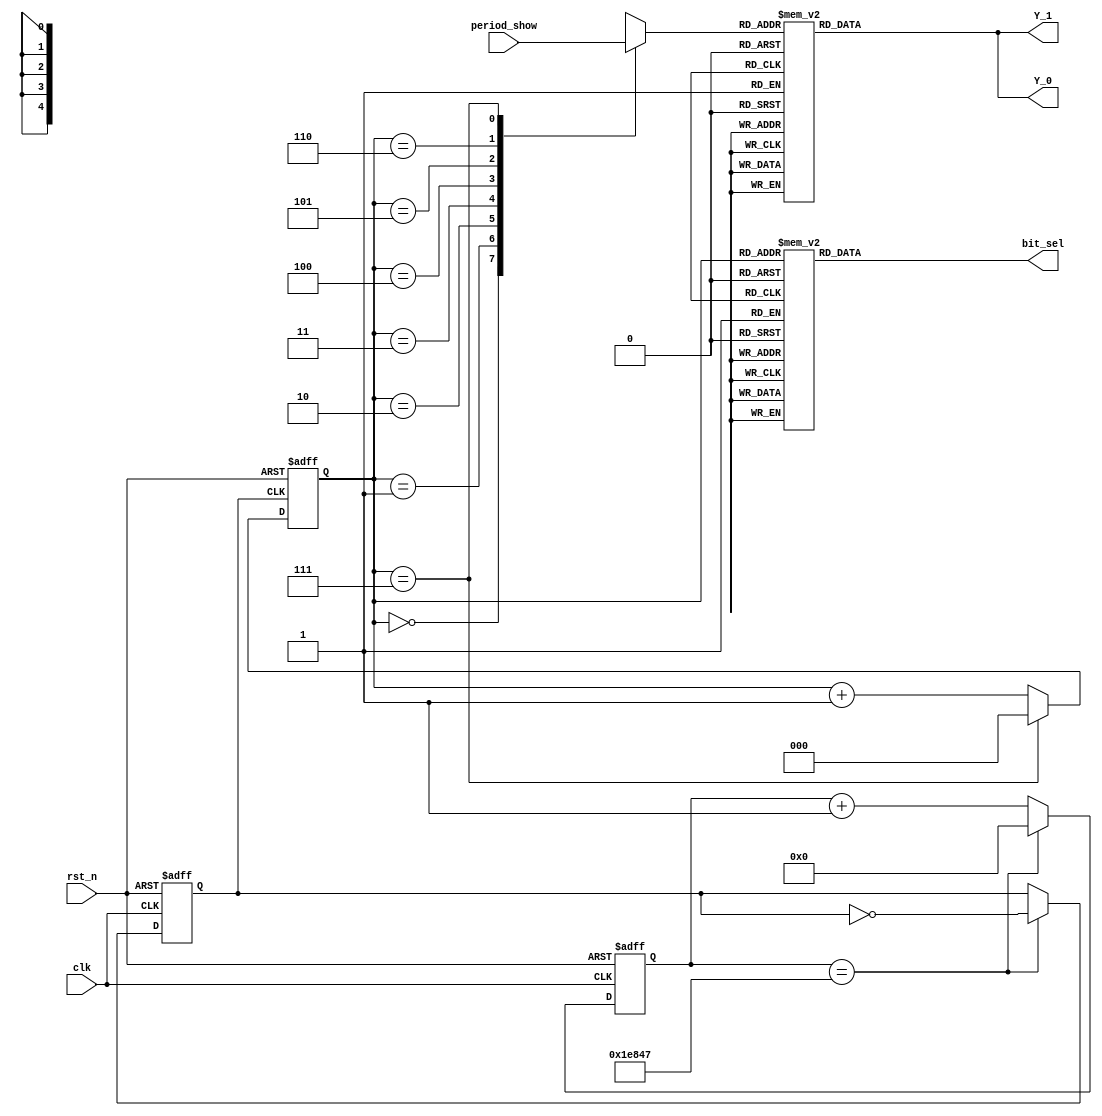
`timescale 1ns / 1ps
// // // // // // // // // // // // // // // // // // // // // // // // // // // // // // // // // // // // // // // // // 
// Company:
// Engineer:
// 
// Design Name:
// Module Name: show
// Project Name:
// Target Devices:
// Tool Versions:
// Description:
// 
// Dependencies:
// 
// Revision:
// Revision 0.01 - File Created
// Additional Comments:
// 
// // // // // // // // // // // // // // // // // // // // // // // // // // // // // // // // // // // // // // // // // 


module output_show(input clk,
                   input rst_n,
                   input[39:0] period_show,
                   output[7:0] bit_sel,
                   output[7:0] Y_0, // the first four
                   output[7:0] Y_1);
    reg clkout;
    reg[31:0]cnt;
    reg[2:0]scan_cnt;           // Here is the state count; For examle decide which led light at which time.
    reg[7:0]Y_reg;              // here is used to decide to show whether 1,2,3,or a,b,c
    reg[7:0]bit_sel_reg;        // here is used to choose which one to light;
    reg[4:0]stored_information; // store the information here.
    parameter period = 250000;
    assign Y_0       = Y_reg;
    assign Y_1       = Y_reg;
    assign bit_sel   = bit_sel_reg;
    always@(posedge clk or negedge rst_n) // frequency division;
    begin
        if (!rst_n)
        begin
            cnt <= 0;
            clkout = 0;
        end
        else begin
            if (cnt == (period>>1)-1)
            begin
                clkout = ~clkout;
                cnt <= 0;
            end
            else
                cnt <= cnt+1;
        end
    end
    
    always@(posedge clkout or negedge rst_n) // change scan_cnt based on clkout;
    begin
        if (!rst_n)
            scan_cnt <= 0;
        else begin
            if (scan_cnt == 3'b111)
                scan_cnt <= 0;
            else
                scan_cnt <= scan_cnt+1;
        end
    end
    
    always@(*) // here it chooses which one to light;
    begin
        case(scan_cnt)
            3'b000:bit_sel_reg   = 8'b1000_0000;
            3'b001:bit_sel_reg   = 8'b0100_0000;
            3'b010:bit_sel_reg   = 8'b0010_0000;
            3'b011:bit_sel_reg   = 8'b0001_0000;
            3'b100:bit_sel_reg   = 8'b0000_1000;
            3'b101:bit_sel_reg   = 8'b0000_0100;
            3'b110:bit_sel_reg   = 8'b0000_0010;
            3'b111:bit_sel_reg   = 8'b0000_0001;
            default: bit_sel_reg = 8'b0000_0000;
        endcase
    end
    
    always@(*)
    begin
        case(scan_cnt)
            3'b000:stored_information   = period_show[39:35];
            3'b001:stored_information   = period_show[34:30];
            3'b010:stored_information   = period_show[29:25];
            3'b011:stored_information   = period_show[24:20];
            3'b100:stored_information   = period_show[19:15];
            3'b101:stored_information   = period_show[14:10];
            3'b110:stored_information   = period_show[9:5];
            3'b111:stored_information   = period_show[4:0];
            default: stored_information = 8'b0000_0000;
        endcase
    end
    
    // .         (7)
    // .      ---------
    // .      |       |
    // . (2)  |       | (6)
    // .      |       |
    // .      --------- (1)
    // .      |       |
    // . (3)  |       | (5)
    // .      |       |
    // .      ---------
    // .         (4)
    
    always@(stored_information)
    begin
        case(stored_information)
            0: Y_reg  = 8'b1111_1100; // 0
            1: Y_reg  = 8'b0110_0000; // 1
            2: Y_reg  = 8'b1101_1010; // 2
            3: Y_reg  = 8'b1111_0010; // 3
            4: Y_reg  = 8'b0110_0110; // 4
            5: Y_reg  = 8'b1011_0110; // 5
            6: Y_reg  = 8'b1011_1110; // 6
            7: Y_reg  = 8'b1110_0000; // 7
            8: Y_reg  = 8'b1111_1110; // 8
            9: Y_reg  = 8'b1110_0110; // 9
            10: Y_reg = 8'b1110_1110; // a
            11: Y_reg = 8'b0011_1110; // b
            12: Y_reg = 8'b0001_1010; // c
            13: Y_reg = 8'b0111_1010; // d
            14: Y_reg = 8'b1001_1110; // e
            15: Y_reg = 8'b1000_1110; // f
            16: Y_reg = 8'b0110_1110; // H
            17: Y_reg = 8'b0000_1100; // i
            18: Y_reg = 8'b0111_0000; // j
            19: Y_reg = 8'b0001_1100; // L
            20: Y_reg = 8'b0010_1010; // n
            21: Y_reg = 8'b0011_1010; // o
            22: Y_reg = 8'b1100_1110; // P
            23: Y_reg = 8'b1110_1100; // M
            24: Y_reg = 8'b1000_1100; // r
            25: Y_reg = 8'b0001_1110; // t
            26: Y_reg = 8'b0111_1100; // u
            27: Y_reg = 8'b0010_1000; // v
            28: Y_reg = 8'b0111_0110; // y
            29: Y_reg = 8'b1100_1010; // ?
            30: Y_reg = 8'b1111_0110; // g
            31: Y_reg = 8'b0000_0000; // blank
            
            default:Y_reg = 8'b0000_000; // blank
        endcase
    end
endmodule
    
    // parameter a = 5'd10;
    // parameter b = 5'd11;
    // parameter c = 5'd12;
    // parameter d = 5'd13;
    // parameter e = 5'd14;
    // parameter f = 5'd15;
    // parameter h = 5'd16;
    // parameter i = 5'd17;
    // parameter j = 5'd18;
    // parameter l = 5'd19;
    // parameter n = 5'd20;
    // parameter o = 5'd21;
    // parameter p = 5'd22;
    // parameter q = 5'd23;
    // parameter r = 5'd24;
    // parameter t = 5'd25;
    // parameter u = 5'd26;
    // parameter v = 5'd27;
    // parameter y = 5'd28;
    
    // Y_reg = 8'b0010_1010; // M